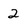
Character: 2